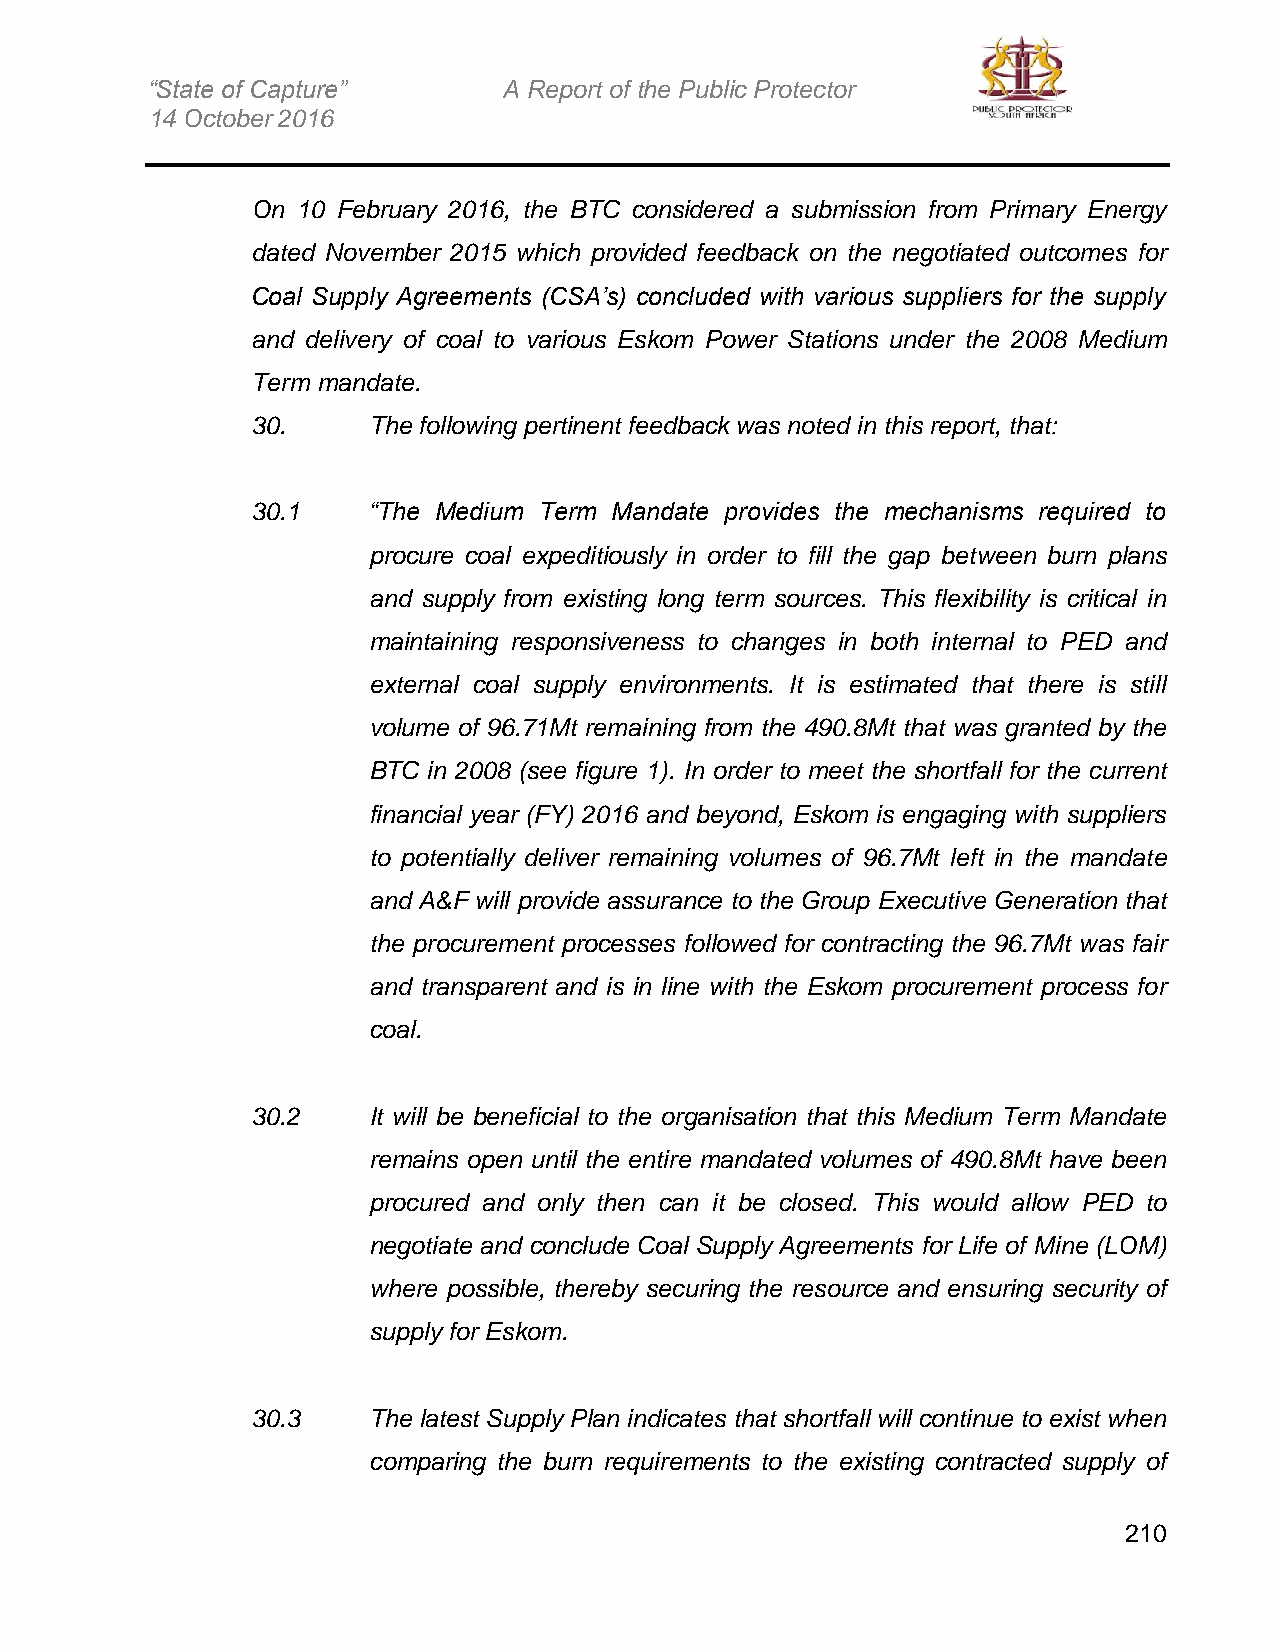
“State of Capture”     A Report of the Public Protector
 14 October 2016
 On 10 February 2016, the BTC considered a submission from Primary Energy
 dated November 2015 which provided feedback on the negotiated outcomes for
 Coal Supply Agreements (CSA’s) concluded with various suppliers for the supply
 and delivery of coal to various Eskom Power Stations under the 2008 Medium
 Term mandate.
 30.    The following pertinent feedback was noted in this report, that:
 30.1   “The Medium Term Mandate provides the mechanisms required to
 procure coal expeditiously in order to fill the gap between burn plans
 and supply from existing long term sources. This flexibility is critical in
 maintaining responsiveness to changes in both internal to PED and
 external coal supply environments. It is estimated that there is still
 volume of 96.71Mt remaining from the 490.8Mt that was granted by the
 BTC in 2008 (see figure 1). In order to meet the shortfall for the current
 financial year (FY) 2016 and beyond, Eskom is engaging with suppliers
 to potentially deliver remaining volumes of 96.7Mt left in the mandate
 and A&F will provide assurance to the Group Executive Generation that
 the procurement processes followed for contracting the 96.7Mt was fair
 and transparent and is in line with the Eskom procurement process for
 coal.
 30.2   It will be beneficial to the organisation that this Medium Term Mandate
 remains open until the entire mandated volumes of 490.8Mt have been
 procured and only then can it be closed. This would allow PED to
 negotiate and conclude Coal Supply Agreements for Life of Mine (LOM)
 where possible, thereby securing the resource and ensuring security of
 supply for Eskom.
 30.3   The latest Supply Plan indicates that shortfall will continue to exist when
 comparing the burn requirements to the existing contracted supply of
 210